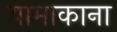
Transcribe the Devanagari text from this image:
यामाकाना